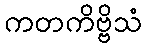
ကတကိဗ္ဗိသံ